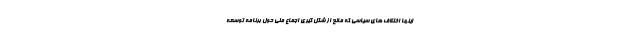
اینها اختلاف های سیاسی که مانع از شکل گیری اجماع ملی حول برنامه توسعه